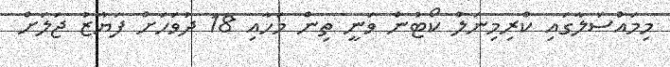
މިމައްސަލާގައި ކްރިމިނަލް ކޯޓުން ވަނީ ތިން މަހާއި 18 ދުވަހަށް ފަޔާޒު ޖަލަށް